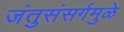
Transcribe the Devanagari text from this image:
जंतुसंसर्गमुळे